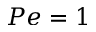
P e = 1